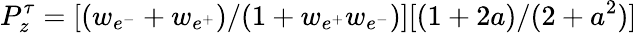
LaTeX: P_{z}^{\tau}=[(w_{e^{-}}+w_{e^{+}})/(1+w_{e^{+}}w_{e^{-}})][(1+2a)/(2+a^{2})]